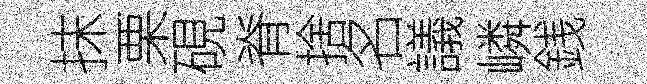
抹栗硯脊捨名議嶙銭